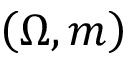
\left( \Omega , m \right)